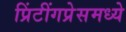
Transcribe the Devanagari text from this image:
प्रिंटींगप्रेसमध्ये